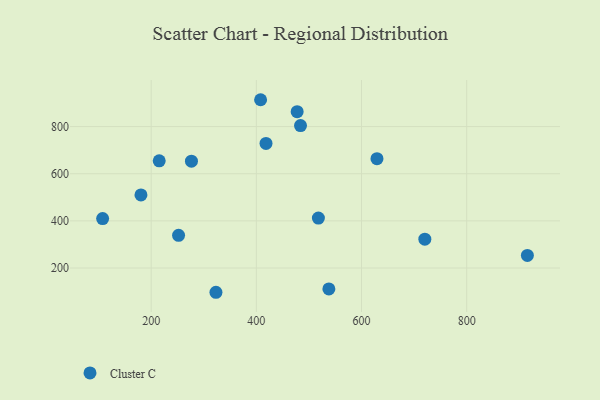
{"axis": {"x": "Distance", "y": "Demand"}, "legend": ["Cluster C"], "data": [{"x": "276.6", "y": 653.4, "type": "Cluster C"}, {"x": "180.6", "y": 509.9, "type": "Cluster C"}, {"x": "518.0", "y": 412.0, "type": "Cluster C"}, {"x": "408.1", "y": 913.9, "type": "Cluster C"}, {"x": "915.4", "y": 253.3, "type": "Cluster C"}, {"x": "477.6", "y": 863.2, "type": "Cluster C"}, {"x": "418.4", "y": 728.6, "type": "Cluster C"}, {"x": "720.4", "y": 322.4, "type": "Cluster C"}, {"x": "484.0", "y": 804.1, "type": "Cluster C"}, {"x": "107.7", "y": 409.9, "type": "Cluster C"}, {"x": "323.2", "y": 97.1, "type": "Cluster C"}, {"x": "252.1", "y": 338.5, "type": "Cluster C"}, {"x": "629.4", "y": 663.9, "type": "Cluster C"}, {"x": "215.3", "y": 654.8, "type": "Cluster C"}, {"x": "537.9", "y": 111.3, "type": "Cluster C"}]}